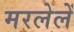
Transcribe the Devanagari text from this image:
मरलेलें